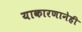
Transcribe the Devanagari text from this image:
याकारणानेही